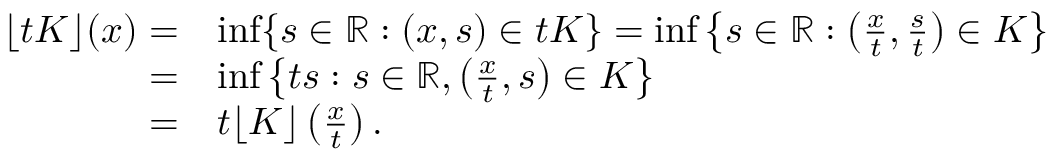
\begin{array} { r l } { \lfloor t K \rfloor ( x ) = } & { \operatorname* { i n f } \{ s \in \mathbb { R } : ( x , s ) \in t K \} = \operatorname* { i n f } \left\{ s \in \mathbb { R } : \left( \frac { x } { t } , \frac { s } { t } \right) \in K \right\} } \\ { = } & { \operatorname* { i n f } \left\{ t s : s \in \mathbb { R } , \left( \frac { x } { t } , s \right) \in K \right\} } \\ { = } & { t \lfloor K \rfloor \left( \frac { x } { t } \right) . } \end{array}